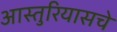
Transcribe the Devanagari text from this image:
आस्तुरियासचे